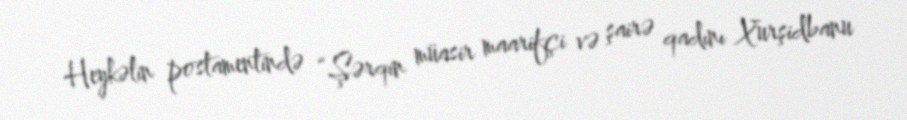
Heykəlin postamentində “Şərqin müasir maarifçi və şairə qadını Xurşidbanu